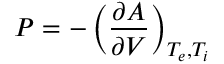
P = - \left( \frac { \partial A } { \partial V } \right) _ { T _ { e } , T _ { i } }